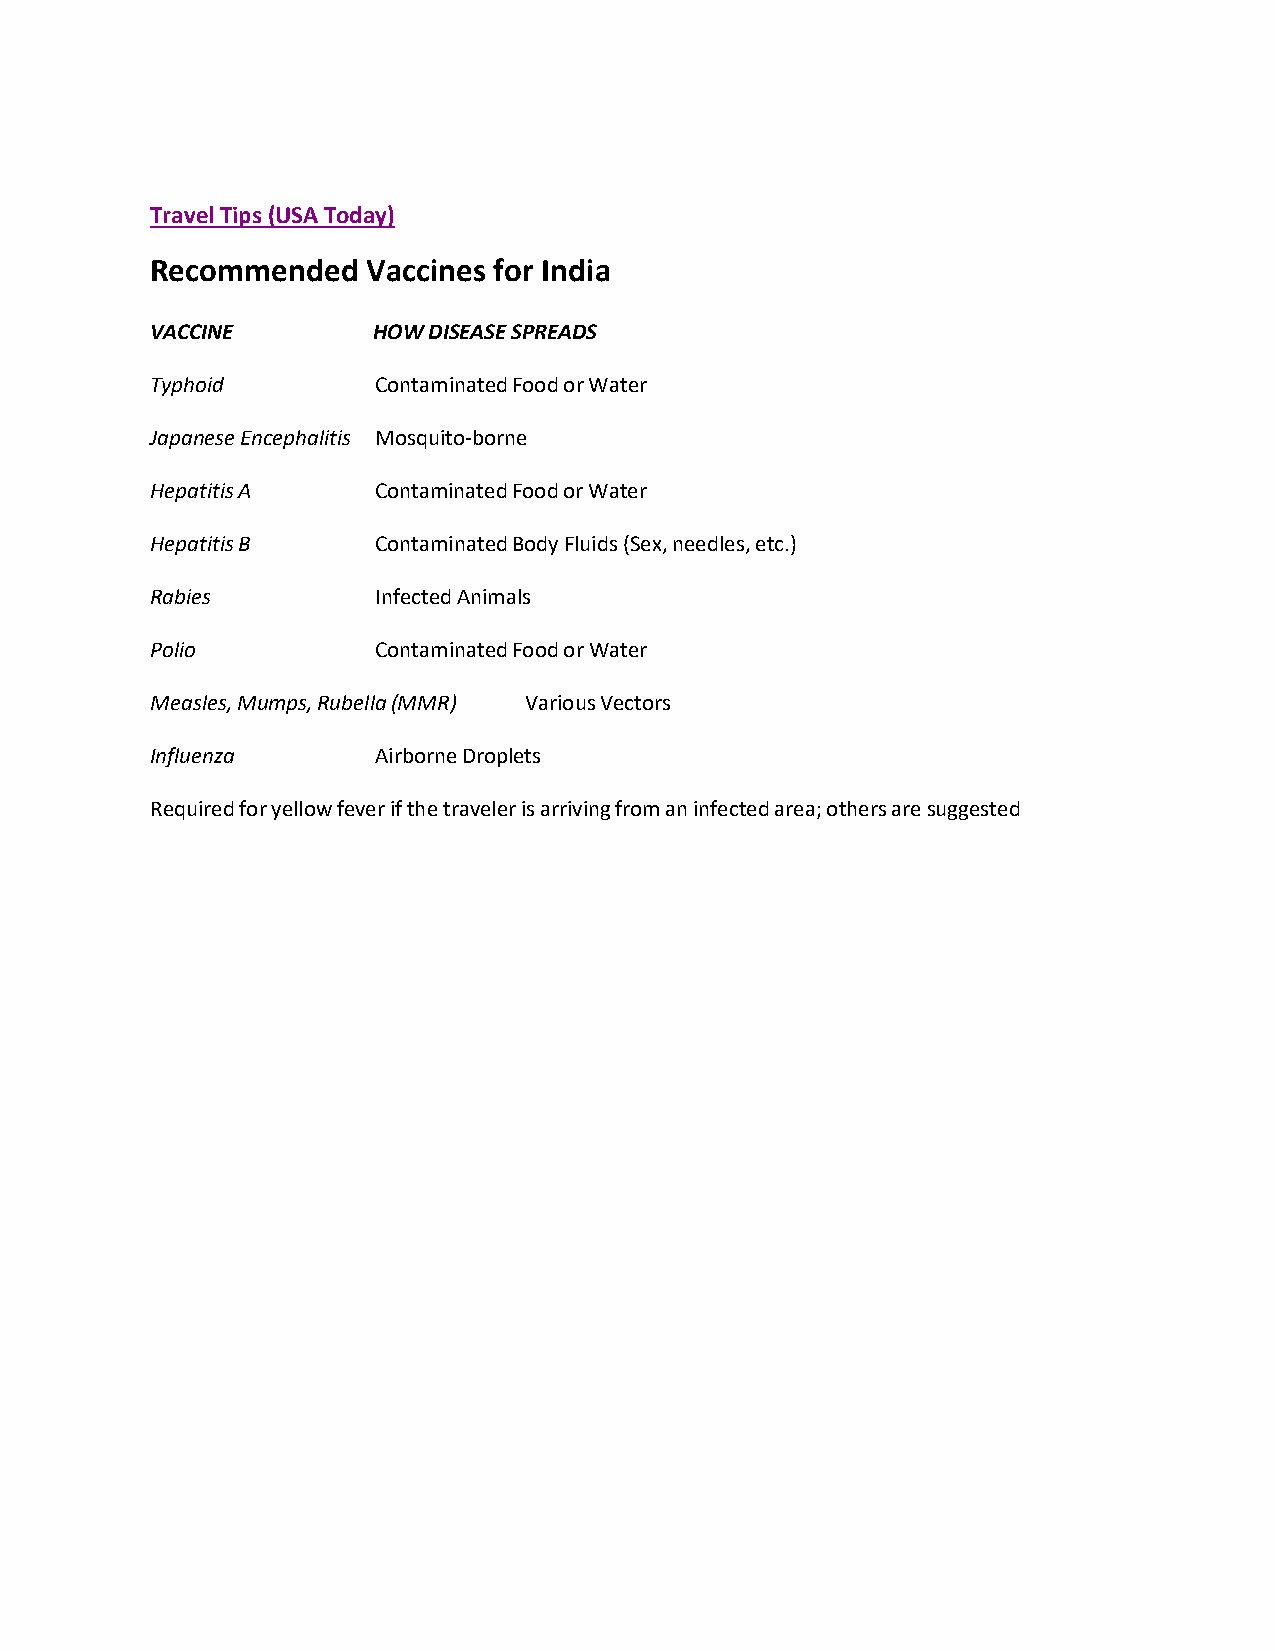
Travel Tips (USA Today)
 Recommended   Vaccines for India
 VACCINE        HOW DISEASE SPREADS
 Typhoid        Contaminated Food or Water
 Japanese Encephalitis Mosquito‐borne
 Hepatitis A    Contaminated Food or Water
 Hepatitis B    Contaminated Body Fluids (Sex, needles, etc.)
 Rabies         Infected Animals
 Polio          Contaminated Food or Water
 Measles, Mumps, Rubella (MMR) Various Vectors
 Influenza      Airborne Droplets
 Required for yellow fever if the traveler is arriving from an infected area; others are suggested